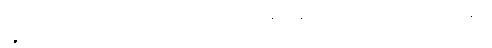
ပဉ္စ ဆိန္ဒေတိ၊ ကား။ ဟေဋ္ဌာ အပါယုပပတ္တိသံဝတ္တနိကာနိ၊ အောက်အပါယ်ဘုံ၌ ပဋိသန္ဓေကို